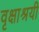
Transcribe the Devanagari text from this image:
वृक्षाश्रयी